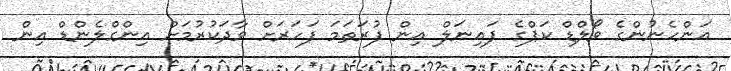
އަންހެނުންގެ ވޯލްޑް ކަޕްގެ ފައިނަލް އިން ފުރަތަމަ ފަހަރަށް ވާދަކުރުމަށް އިންގްލެންޑް އިން